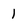
Character: 1